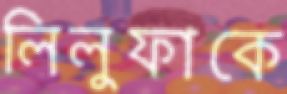
লিলুফাকে